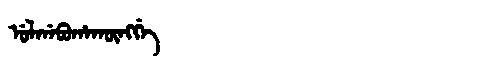
Manchu: ᡠᠯᡤᠠᠪᡠᡥᠠᡴᡡᠩᡤᡝ
Romanization: ULGABUHAKŪNGGE